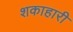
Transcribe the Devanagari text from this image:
शकाहारी